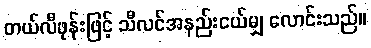
တယ်လီဖုန်းဖြင့် သီလင်အနည်းငယ်မျှ လောင်းသည်။